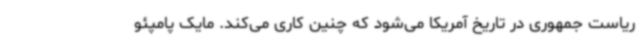
ریاست جمهوری در تاریخ آمریکا می‌شود که چنین کاری می‌کند. مایک پامپئو